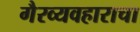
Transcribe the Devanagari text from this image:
गैरव्यवहाराचा